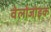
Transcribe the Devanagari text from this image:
वेलोजोइक